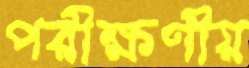
পরীক্ষণীয়